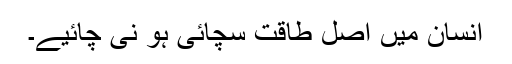
انسان میں اصل طاقت سچائی ہو نی چائیے۔